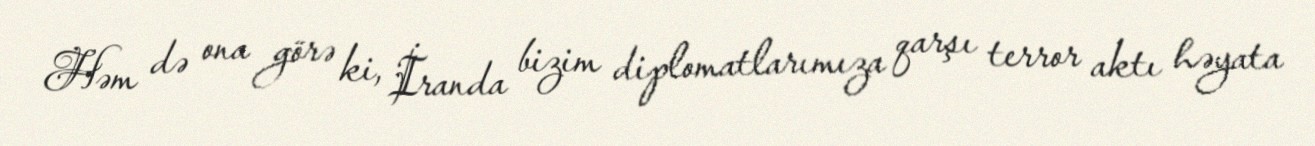
Həm də ona görə ki, İranda bizim diplomatlarımıza qarşı terror aktı həyata